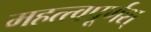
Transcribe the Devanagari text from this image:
महत्त्वपूर्णश्